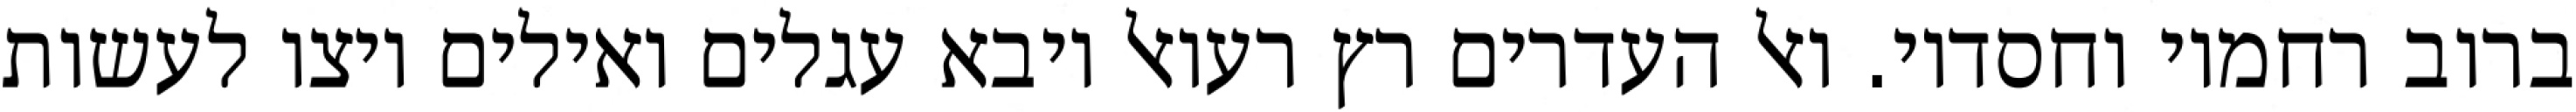
ברוב רחמיו וחסדיו. ואל העדרים רץ רעואל ויבא עגלים ואילים ויצו לעשות